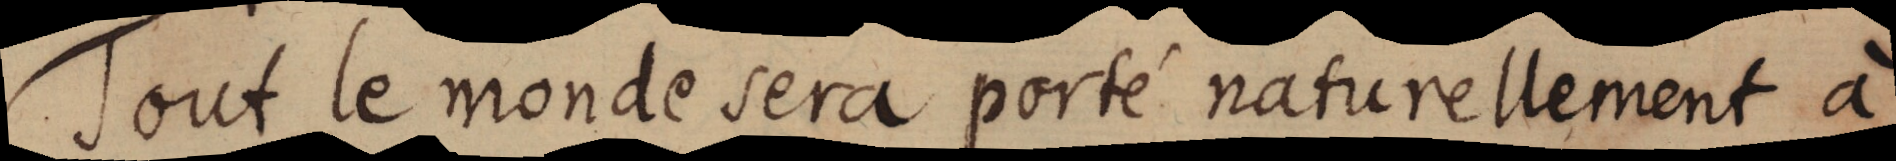
Tout le monde sera porté naturellement à